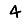
Digit: 4